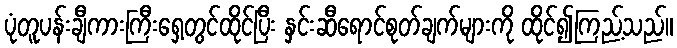
ပုံတူပန်းချီကားကြီးရှေ့တွင်ထိုင်ပြီး နှင်းဆီရောင်စုတ်ချက်များကို ထိုင်၍ကြည့်သည်။